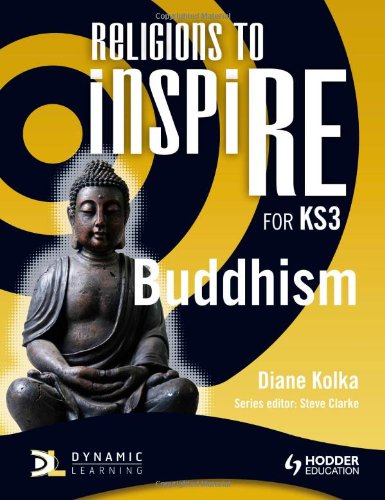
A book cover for Religions to Inspire: Buddhism, Key Stage 3 (Dynamic Learning); Diane Kolka; Teen & Young Adult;